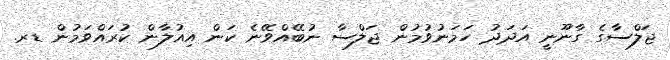
ޖަލްސާގެ ގާނޫނީ އަދަދު ހަމަނުވުމުން ޖަލްސާ ނުބޭއްވޭނެ ކަން އިއުލާން ކުރައްވަމުން ޑރ.